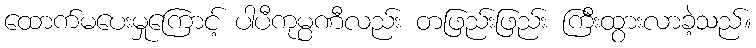
ထောက်မပေးမှုကြောင့် ပါပီကုမ္ပဏီလည်း တဖြည်းဖြည်း ကြီးထွားလာခဲ့သည်။